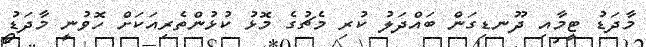
މާދަޑު ޓީމާއި ދޫނޑިގަން ބައްދަލު ކުރި މެޗުގެ މޮޅު ކުޅުންތެރިއަކަށް ހޮވުނީ މާދަޑު